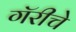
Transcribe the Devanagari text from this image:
गॅरीचे